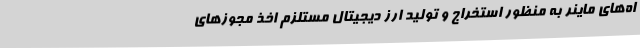
اه‌های ماینر به منظور استخراج و تولید ارز دیجیتال مستلزم اخذ مجوزهای